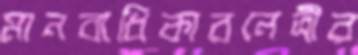
মানবাধিকারনেত্রীর